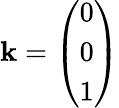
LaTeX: \mathbf{k}={\left(\begin{array}{l}{0}\\ {0}\\ {1}\end{array}\right)}